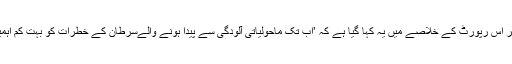
‘مثال کے طور پر اس رپورٹ کے خلاصے میں یہ کہا گیا ہے کہ ’اب تک ماحولیاتی آلودگی سے پیدا ہونے والےسرطان کے خطرات کو بہت کم اہمیت دی گئی ہے‘۔